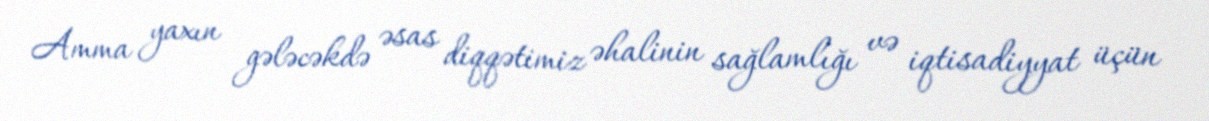
Amma yaxın gələcəkdə əsas diqqətimiz əhalinin sağlamlığı və iqtisadiyyat üçün